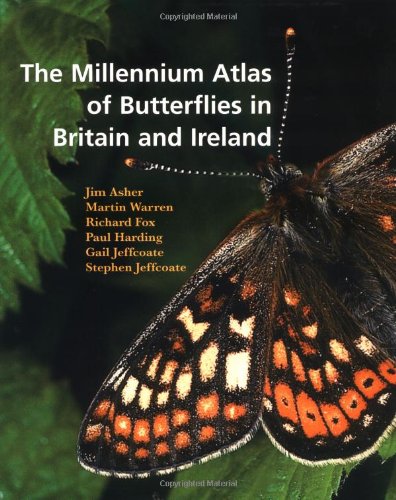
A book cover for The Millennium Atlas of Butterflies in Britain and Ireland; Sports & Outdoors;